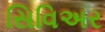
સિવિઅર